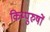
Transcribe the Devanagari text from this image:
किम्पुरुषों